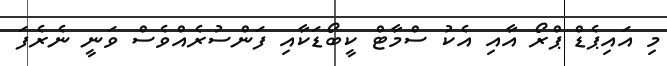
މި އައިޕެޑް ޕްރޯ އާއި އެކު ސްމާޓް ކީބޯޑަކާއި ފަންސުރެއްވެސް ވަނީ ނެރެފަ